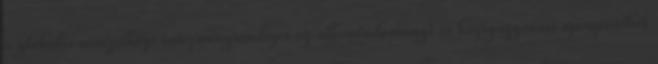
a globális nemzetközi intézményrendszer az államtudományi és közigazgatási szempontból